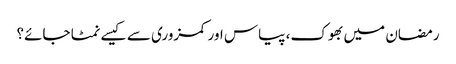
رمضان میں بھوک، پیاس اور کمزوری سے کیسے نمٹا جائے؟